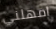
امهلني